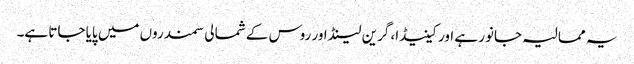
یہ ممالیہ جانور ہے اور کینیڈا، گرین لینڈ اور روس کے شمالی سمندروں میں پایا جاتا ہے۔